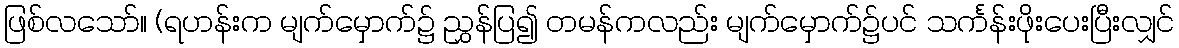
ဖြစ်လသော်။ (ရဟန်းက မျက်မှောက်၌ ညွှန်ပြ၍ တမန်ကလည်း မျက်မှောက်၌ပင် သင်္ကန်းဖိုးပေးပြီးလျှင်